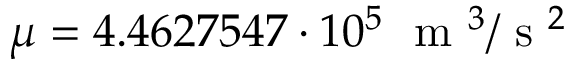
\mu = 4 . 4 6 2 7 5 4 7 \cdot 1 0 ^ { 5 } ~ \mathrm { ~ m ~ } ^ { 3 } / \mathrm { ~ s ~ } ^ { 2 }